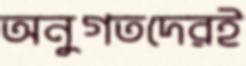
অনুগতদেরই